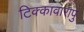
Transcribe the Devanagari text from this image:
टिक्कावारापु